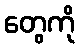
တွေကို